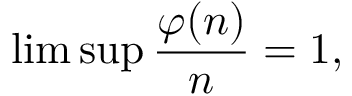
\operatorname* { l i m } \operatorname* { s u p } { \frac { \varphi ( n ) } { n } } = 1 ,